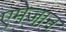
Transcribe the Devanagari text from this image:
एमेजान